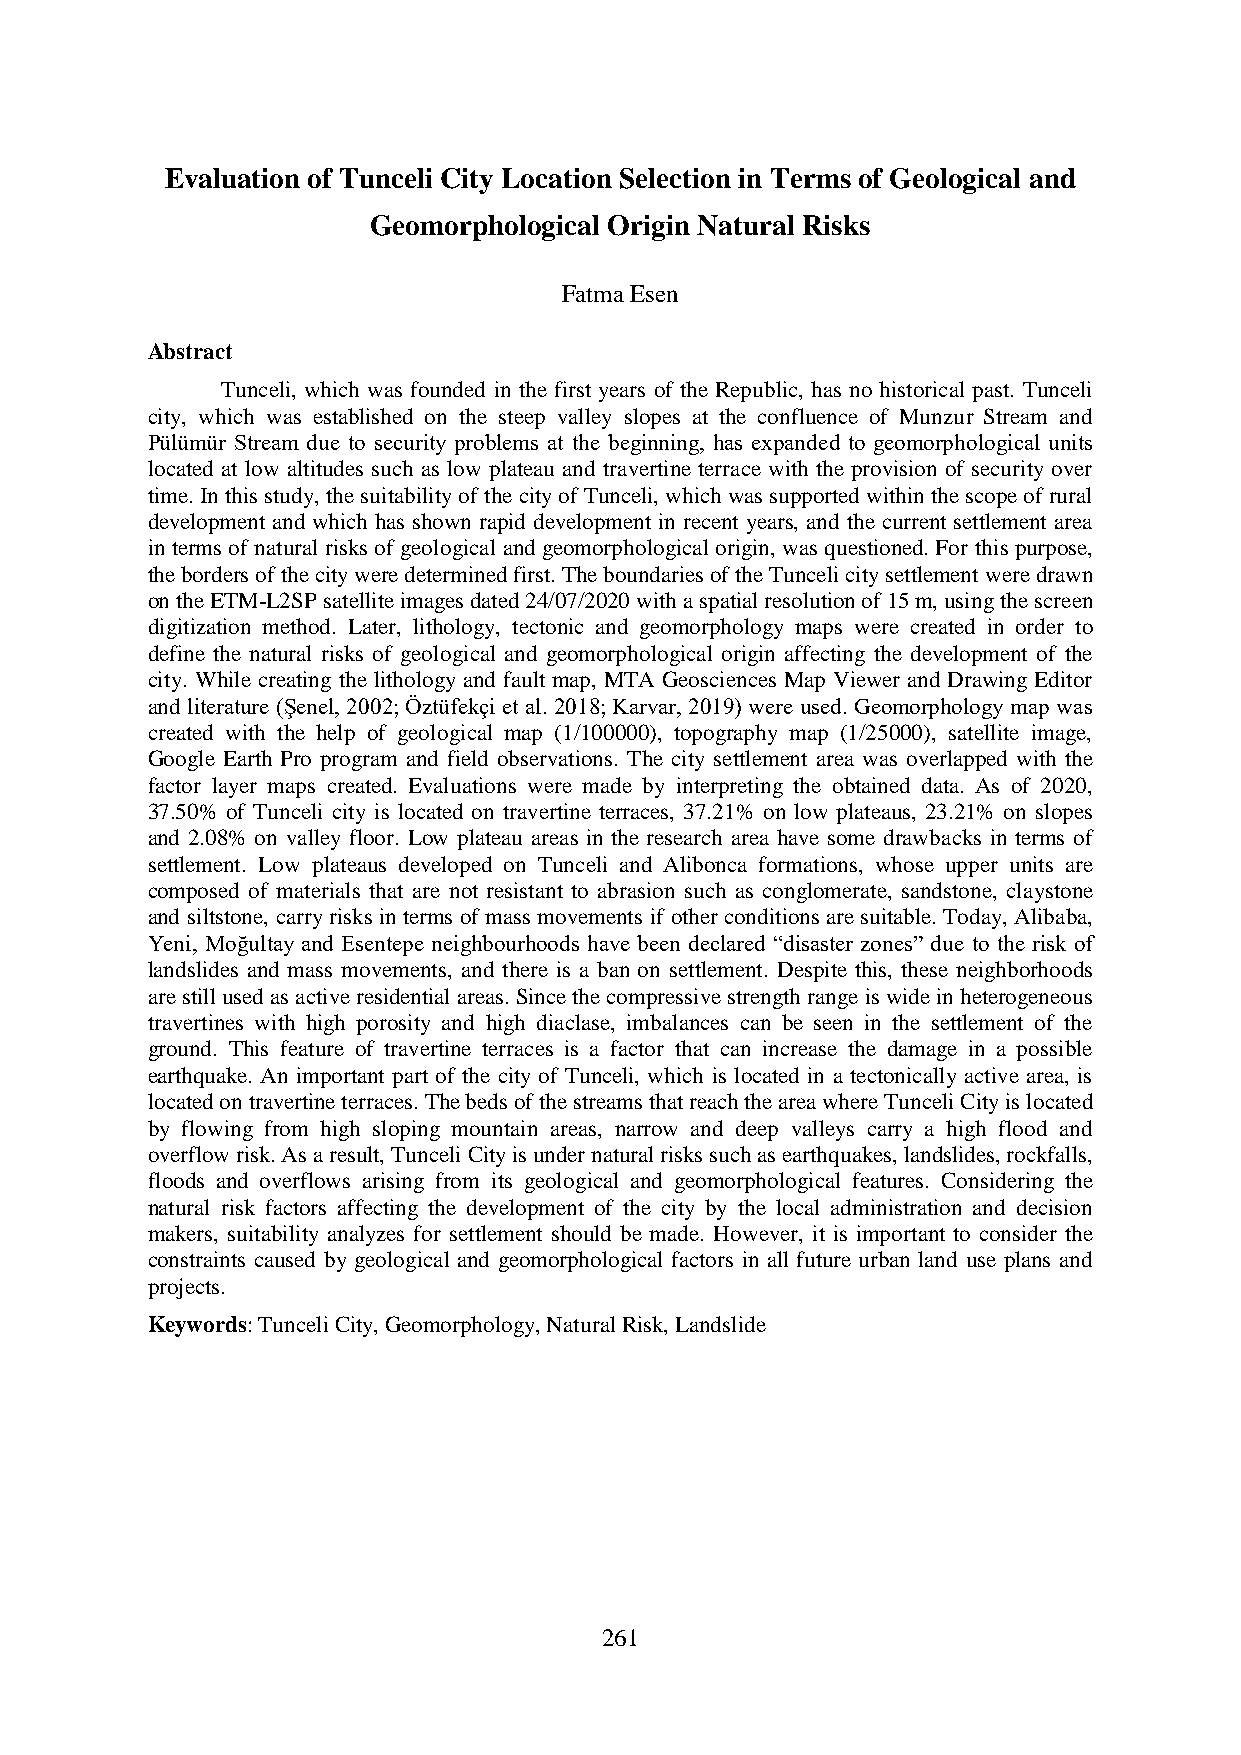
Evaluation of Tunceli City Location Selection in Terms of Geological and
 Geomorphological Origin Natural Risks
 Fatma Esen
 Abstract
 Tunceli, which was founded in the first years of the Republic, has no historical past. Tunceli
 city, which was established on the steep valley slopes at the confluence of Munzur Stream and
 Pülümür Stream due to security problems at the beginning, has expanded to geomorphological units
 located at low altitudes such as low plateau and travertine terrace with the provision of security over
 time. In this study, the suitability of the city of Tunceli, which was supported within the scope of rural
 development and which has shown rapid development in recent years, and the current settlement area
 in terms of natural risks of geological and geomorphological origin, was questioned. For this purpose,
 the borders of the city were determined first. The boundaries of the Tunceli city settlement were drawn
 on the ETM-L2SP satellite images dated 24/07/2020 with a spatial resolution of 15 m, using the screen
 digitization method. Later, lithology, tectonic and geomorphology maps were created in order to
 define the natural risks of geological and geomorphological origin affecting the development of the
 city. While creating the lithology and fault map, MTA Geosciences Map Viewer and Drawing Editor
 and literature (Şenel, 2002; Öztüfekçi et al. 2018; Karvar, 2019) were used. Geomorphology map was
 created with the help of geological map (1/100000), topography map (1/25000), satellite image,
 Google Earth Pro program and field observations. The city settlement area was overlapped with the
 factor layer maps created. Evaluations were made by interpreting the obtained data. As of 2020,
 37.50% of Tunceli city is located on travertine terraces, 37.21% on low plateaus, 23.21% on slopes
 and 2.08% on valley floor. Low plateau areas in the research area have some drawbacks in terms of
 settlement. Low plateaus developed on Tunceli and Alibonca formations, whose upper units are
 composed of materials that are not resistant to abrasion such as conglomerate, sandstone, claystone
 and siltstone, carry risks in terms of mass movements if other conditions are suitable. Today, Alibaba,
 Yeni, Moğultay and Esentepe neighbourhoods have been declared “disaster zones” due to the risk of
 landslides and mass movements, and there is a ban on settlement. Despite this, these neighborhoods
 are still used as active residential areas. Since the compressive strength range is wide in heterogeneous
 travertines with high porosity and high diaclase, imbalances can be seen in the settlement of the
 ground. This feature of travertine terraces is a factor that can increase the damage in a possible
 earthquake. An important part of the city of Tunceli, which is located in a tectonically active area, is
 located on travertine terraces. The beds of the streams that reach the area where Tunceli City is located
 by flowing from high sloping mountain areas, narrow and deep valleys carry a high flood and
 overflow risk. As a result, Tunceli City is under natural risks such as earthquakes, landslides, rockfalls,
 floods and overflows arising from its geological and geomorphological features. Considering the
 natural risk factors affecting the development of the city by the local administration and decision
 makers, suitability analyzes for settlement should be made. However, it is important to consider the
 constraints caused by geological and geomorphological factors in all future urban land use plans and
 projects.
 Keywords: Tunceli City, Geomorphology, Natural Risk, Landslide
 261